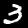
Digit: 3